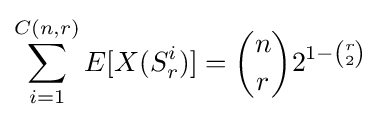
\sum _{i=1}^{C(n,r)}E[X(S_{r}^{i})]={n \choose r}2^{1-{r \choose 2}}